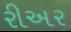
રીઅર